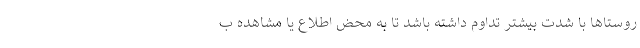
روستاها با شدت بیشتر تداوم داشته باشد تا به محض اطلاع یا مشاهده ب